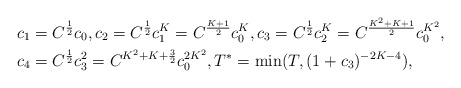
\begin{align*}&c_1=C^{\frac{1}{2}}c_0, c_2=C^{\frac{1}{2}}c^K_1=C^{\frac{K+1}{2}}c^{K}_0,c_3=C^{\frac{1}{2}}c^{K}_2=C^{\frac{K^2+K+1}{2}}c^{K^2}_0,\\& c_4= C^{\frac{1}{2}}c^2_3=C^{K^2+K+\frac{3}{2}}c^{2K^2}_0, T^*=\min(T, (1+c_3)^{-2K-4}),\end{align*}